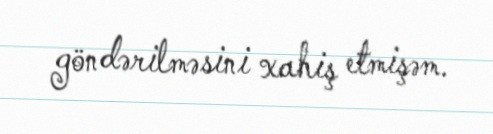
göndərilməsini xahiş etmişəm.